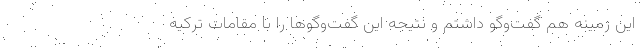
این زمینه هم گفت‌وگو داشتم و نتیجه این گفت‌وگوها را با مقامات ترکیه